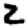
Digit: 2